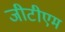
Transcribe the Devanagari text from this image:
जीटीएम